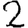
Digit: 2